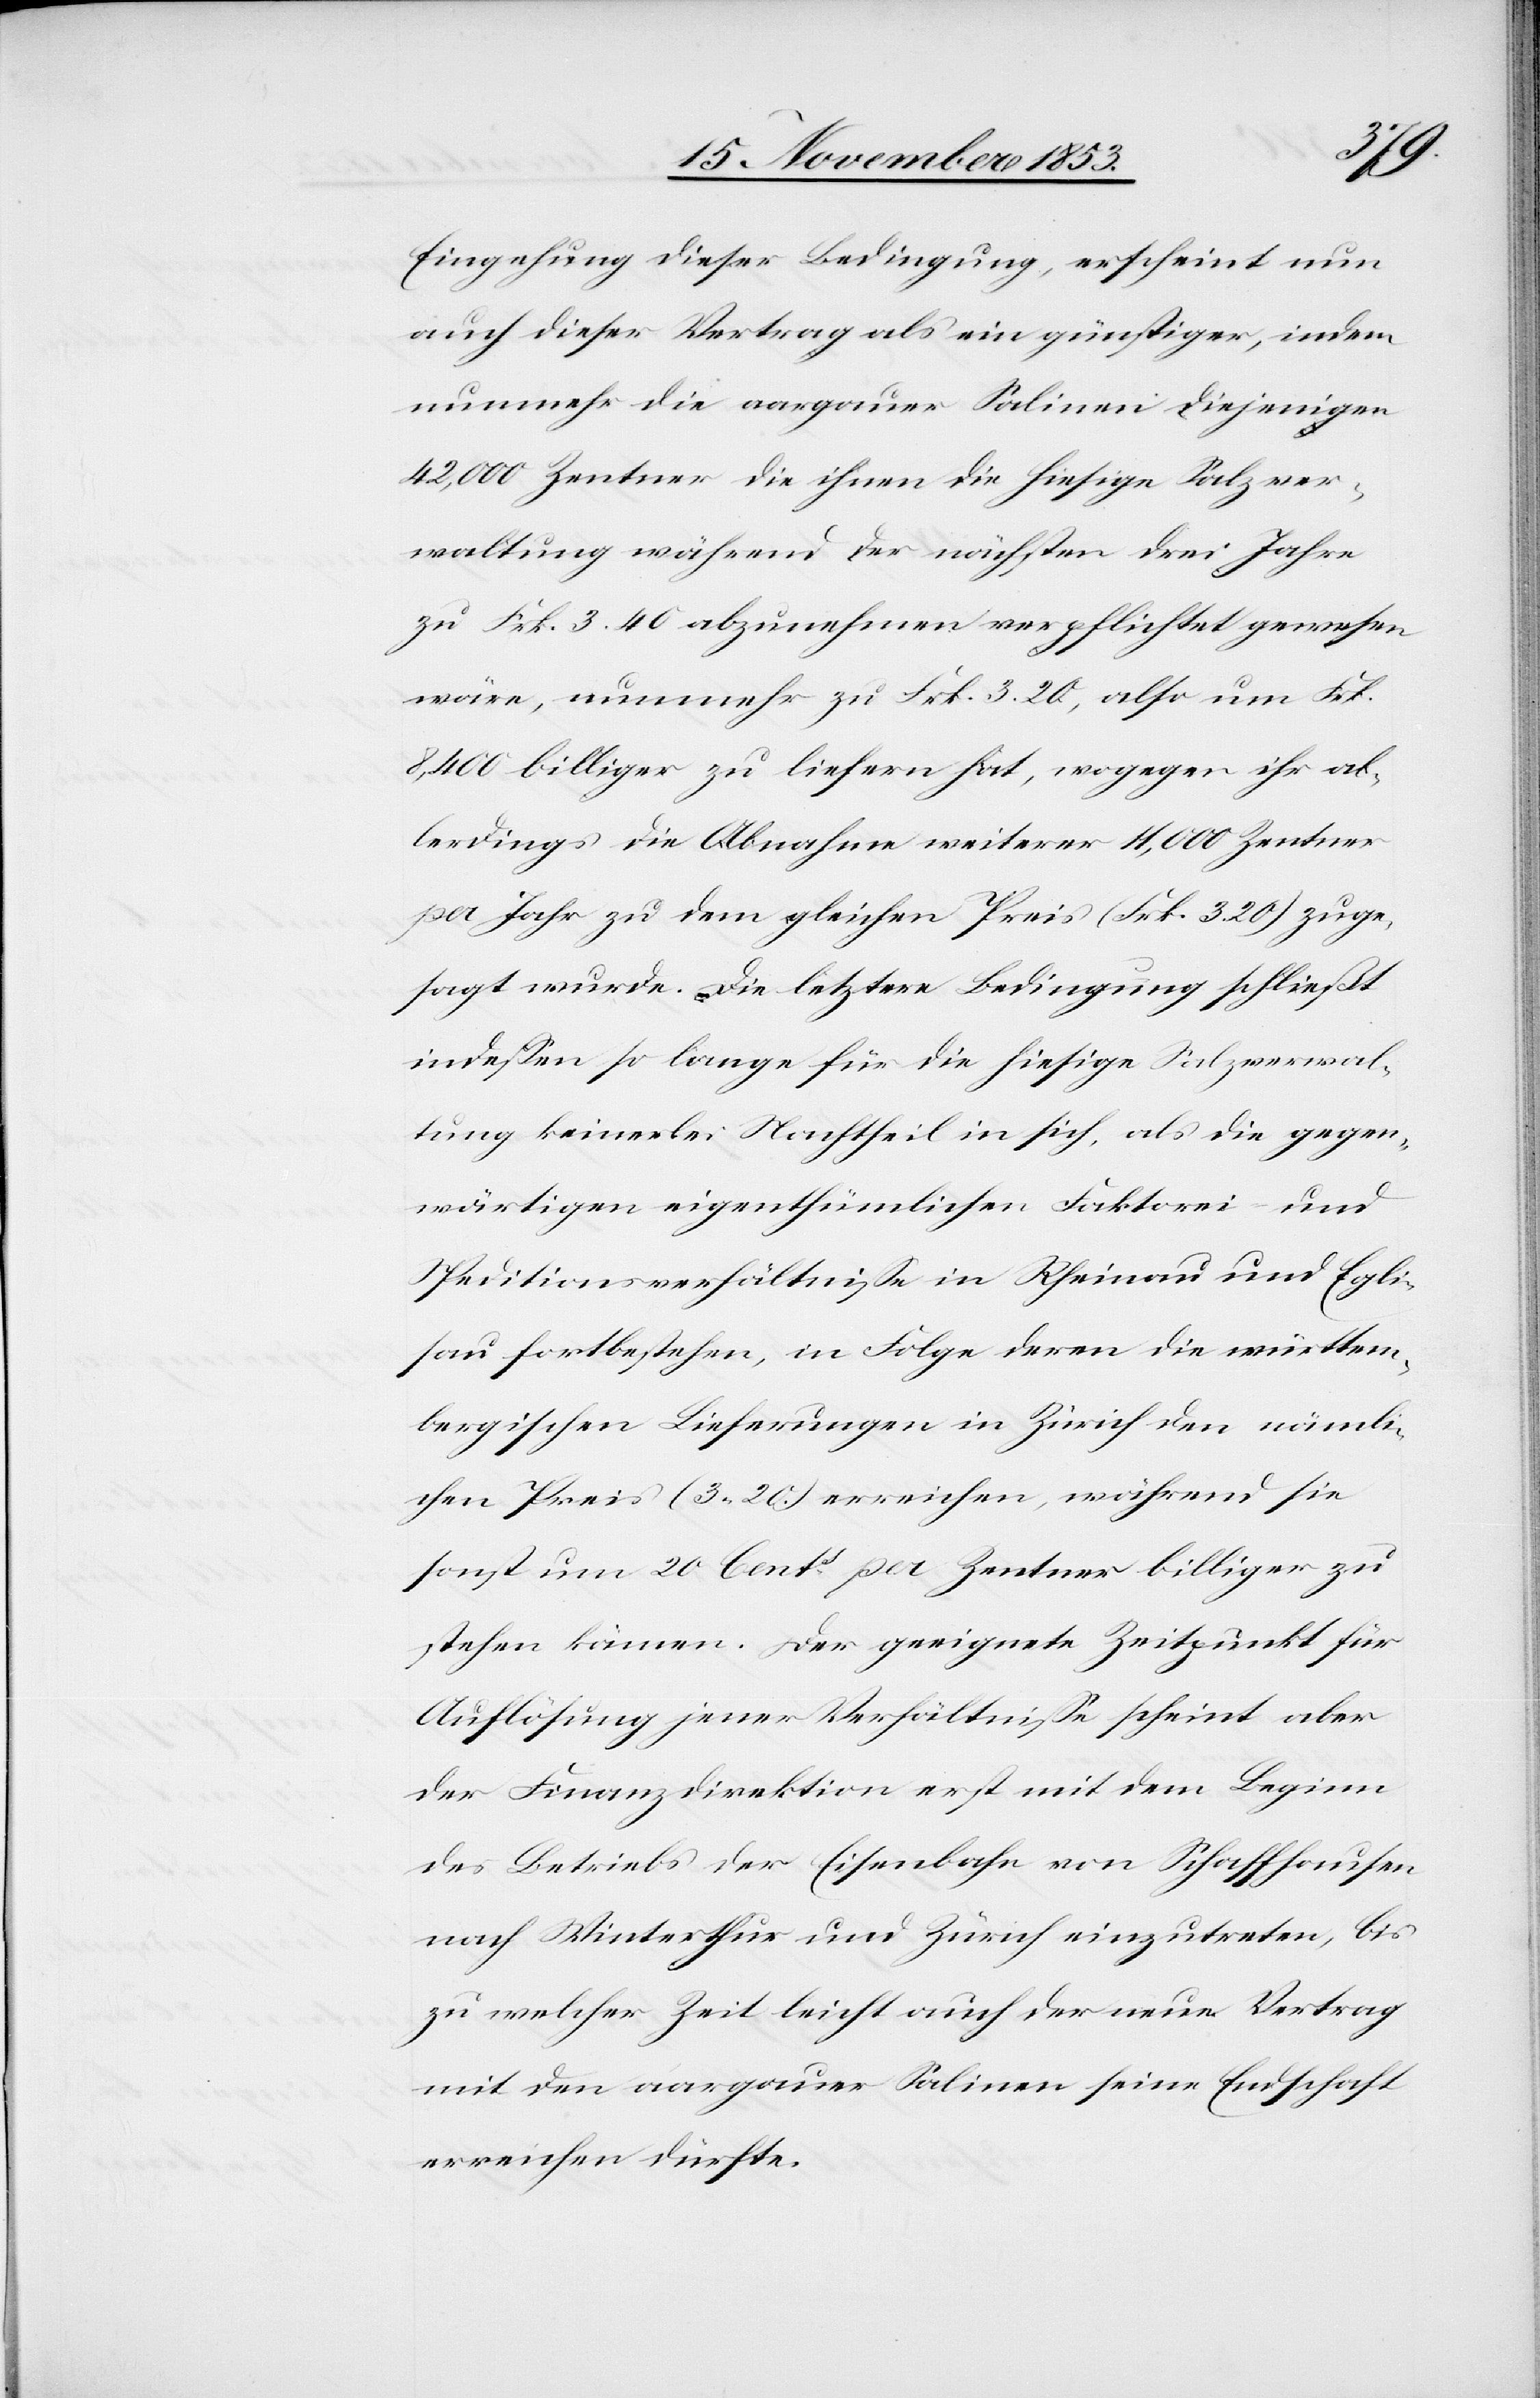
Eingehung dieser Bedingung, erscheint nun
auch dieser Vertrag als ein günstiger, indem
nunmehr die aargauer Salinen diejenigen
42,000 Zentner die ihnen die hiesige Salzver¬
waltung während der nächsten drei Jahre
zu Frk. 3.40 abzunehmen verpflichtet gewesen
wäre, nunmehr zu Frk. 3.20, also um Frk.
8,400 billiger zu liefern hat, wogegen ihr al¬
lerdings die Abnahme weiterer 11,000 Zentner
pro Jahr zu dem gleichen Preis (Frk. 3.20) zuge¬
sagt wurde. Die letztere Bedingung schließt
indeßen so lange für die hiesige Salzverwal¬
tung keinerlei Nachtheil in sich, als die gegen¬
wärtigen eigenthümlichen Faktorei- und
Speditionsverhältniße in Rheinau und Egli¬
sau fortbestehen, in Folge deren die württem¬
bergischen Lieferungen in Zürich den nämli¬
chen Preis (3.20) erreichen, während sie
sonst um 20. Cents. pro Zentner billiger zu
stehen kämen. Der geeignete Zeitpunkt für
Auflösung jener Verhältniße scheint aber
der Finanzdirektion erst mit dem Beginn
des Betriebs der Eisenbahn von Schaffhausen
nach Winterthur und Zürich einzutreten, bis
zu welcher Zeit leicht auch der neue Vertrag
mit den aargauer Salinen seine Endschaft
erreichen dürfte.